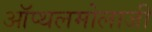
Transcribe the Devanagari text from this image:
ऑप्थलमोलाजी